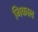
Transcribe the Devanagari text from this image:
निकाल